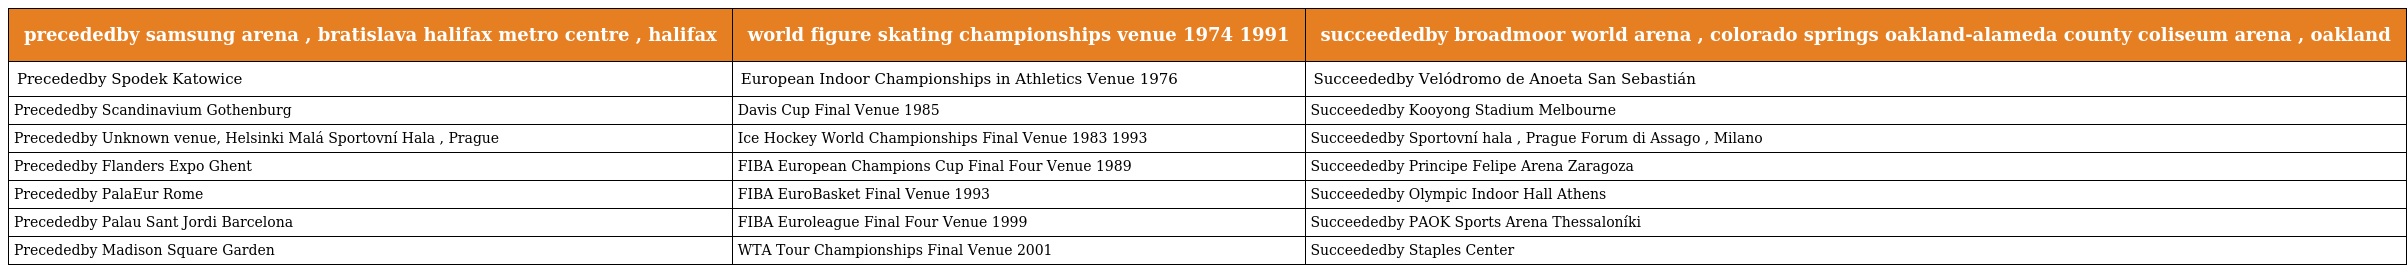
| precededby samsung arena , bratislava halifax metro centre , halifax | world figure skating championships venue 1974 1991 | succeededby broadmoor world arena , colorado springs oakland-alameda county coliseum arena , oakland |
 | --- | --- | --- |
 | Precededby Spodek Katowice | European Indoor Championships in Athletics Venue 1976 | Succeededby Velódromo de Anoeta San Sebastián |
 | Precededby Scandinavium Gothenburg | Davis Cup Final Venue 1985 | Succeededby Kooyong Stadium Melbourne |
 | Precededby Unknown venue, Helsinki Malá Sportovní Hala , Prague | Ice Hockey World Championships Final Venue 1983 1993 | Succeededby Sportovní hala , Prague Forum di Assago , Milano |
 | Precededby Flanders Expo Ghent | FIBA European Champions Cup Final Four Venue 1989 | Succeededby Principe Felipe Arena Zaragoza |
 | Precededby PalaEur Rome | FIBA EuroBasket Final Venue 1993 | Succeededby Olympic Indoor Hall Athens |
 | Precededby Palau Sant Jordi Barcelona | FIBA Euroleague Final Four Venue 1999 | Succeededby PAOK Sports Arena Thessaloníki |
 | Precededby Madison Square Garden | WTA Tour Championships Final Venue 2001 | Succeededby Staples Center |